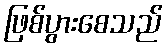
ဖြစ်ပွားစေသည်